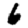
Digit: 6